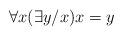
LaTeX: \begin{align*}\forall x(\exists y/x) x = y\end{align*}